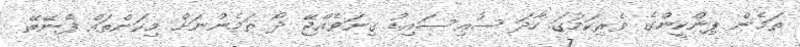
ތަމެން ޕިންކީންގެ ވެރިކަމުގަ ހާދަ ސުއިސައިޑު ގިނަވެއްޖޭ ދޯ ތަމެންނަށް މިކަންތައް ފެނޭތޭ